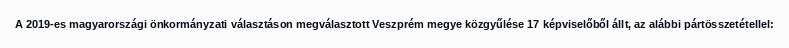
A 2019-es magyarországi önkormányzati választáson megválasztott Veszprém megye közgyűlése 17 képviselőből állt, az alábbi pártösszetétellel: